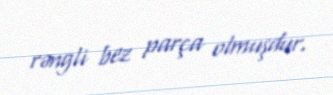
rəngli bez parça olmuşdur.